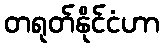
တရုတ်နိုင်ငံဟာ